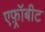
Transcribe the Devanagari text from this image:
एफ़्रॉबीट